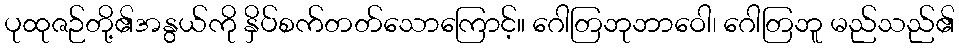
ပုထုဇဉ်တို့၏အနွယ်ကို နှိပ်စက်တတ်သောကြောင့်။ ဂေါတြဘုဘာဝေါ၊ ဂေါတြဘူ မည်သည်၏